Problem: 6 × 6 = ?
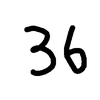
Handwritten answer: 36